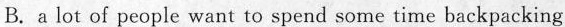
B. a lot of people want to spend some time backpacking